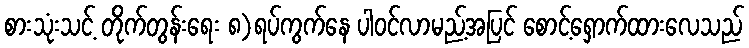
စားသုံးသင့် တိုက်တွန်းရေး ၈)ရပ်ကွက်နေ ပါဝင်လာမည့်အပြင် စောင့်ရှောက်ထားလေသည်